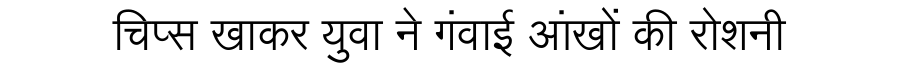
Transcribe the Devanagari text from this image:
चिप्स खाकर युवा ने गंवाई आंखों की रोशनी